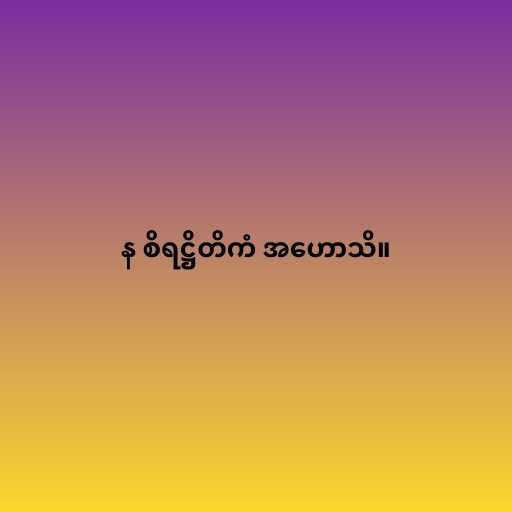
န စိရဋ္ဌိတိကံ အဟောသိ။